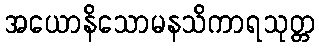
အယောနိသောမနသိကာရသုတ္တ